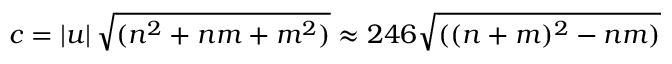
c = \left| { \boldsymbol { u } } \right| { \sqrt { ( n ^ { 2 } + n m + m ^ { 2 } ) } } \approx 2 4 6 { \sqrt { ( ( n + m ) ^ { 2 } - n m ) } }